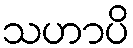
သဟာပိ